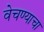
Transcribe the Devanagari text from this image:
वेचण्याचा